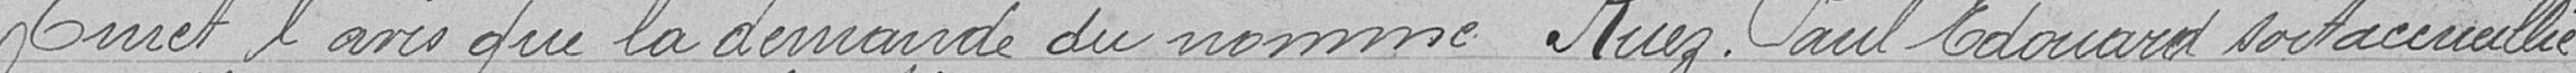
Emet l'avis que la demande du nommée Ruez Paul Edouard soit accueillie